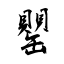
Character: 罌